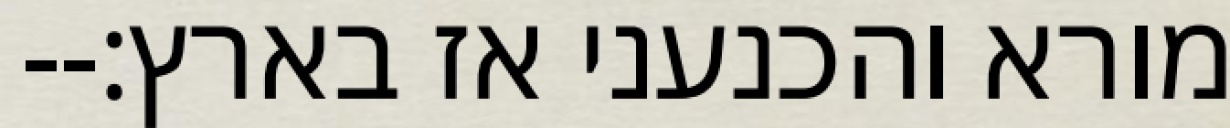
מורא והכנעני אז בארץ׃--